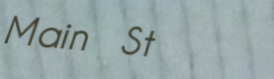
Main St